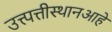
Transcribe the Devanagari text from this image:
उत्त्पत्तीस्थानआहे